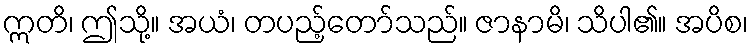
ဣတိ၊ ဤသို့။ အယံ၊ တပည့်တော်သည်။ ဇာနာမိ၊ သိပါ၏။ အပိစ၊